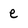
Character: e